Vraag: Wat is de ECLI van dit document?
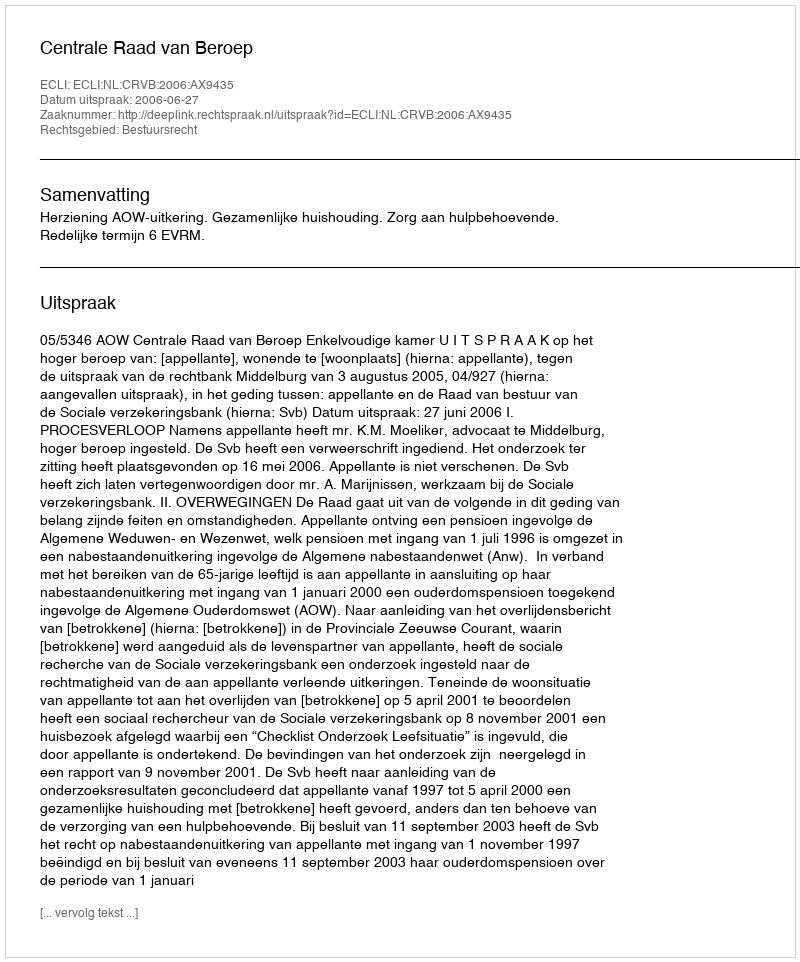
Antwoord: ECLI:NL:CRVB:2006:AX9435